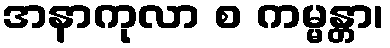
အနာကုလာ စ ကမ္မန္တာ၊